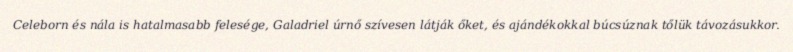
Celeborn és nála is hatalmasabb felesége, Galadriel úrnő szívesen látják őket, és ajándékokkal búcsúznak tőlük távozásukkor.